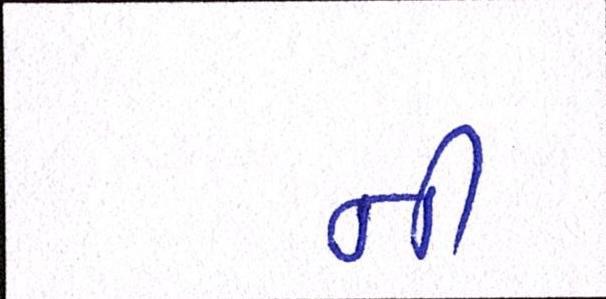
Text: નીં